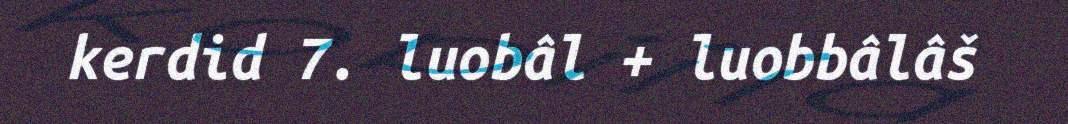
kerdid 7. luobâl + luobbâlâš